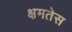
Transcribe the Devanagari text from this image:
क्षमतेस